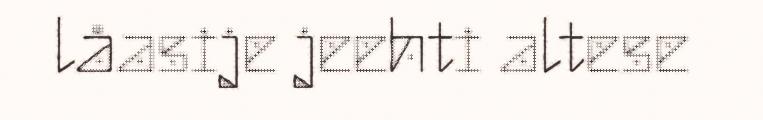
låasije jeehti altese